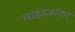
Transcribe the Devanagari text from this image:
माइंडवॉकर